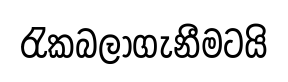
රැකබලාගැනීමටයි